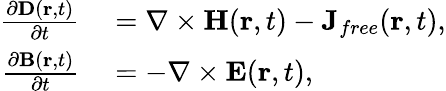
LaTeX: \begin{array}{rl}{\frac{\partial\boldsymbol{\mathbf{D}}(\boldsymbol{\mathbf{r}},t)}{\partial t}}&{{}=\nabla\times\boldsymbol{\mathbf{H}}(\boldsymbol{\mathbf{r}},t)-\mathbf{J}_{{free}}(\boldsymbol{\mathbf{r}},t),}\\ {\frac{\partial\boldsymbol{\mathbf{B}}(\boldsymbol{\mathbf{r}},t)}{\partial t}}&{{}=-\nabla\times\boldsymbol{\mathbf{E}}(\boldsymbol{\mathbf{r}},t),}\end{array}